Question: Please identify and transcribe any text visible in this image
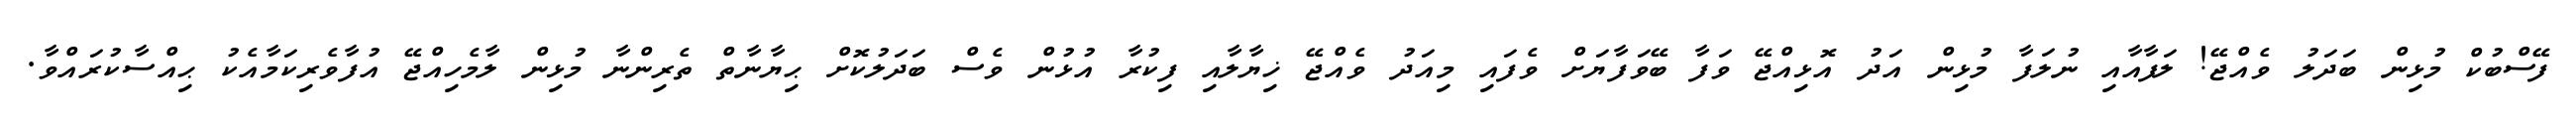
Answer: ފޭސްބުކް މުޅިން ބަދަލު ވެއްޖޭ! ލަފާއާއި ނުލަފާ މުޅިން އަދު އޮޅިއްޖޭ ވަފާ ބޭވަފާޔަށް ވެފައި މިއަދު ވެއްޖޭ ޚިޔާލާއި ފިކުރާ އުޅުން ވެސް ބަދަލުކޮށް ޙިޔާނާތް ތެރިންނާ މުޅިން ލާމެހިއްޖޭ އުފާވެރިކަމާއެކު ޙިއްސާކުރައްވާ.